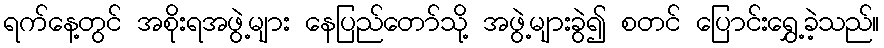
ရက်နေ့တွင် အစိုးရအဖွဲ့များ နေပြည်တော်သို့ အဖွဲ့များခွဲ၍ စတင် ပြောင်းရွှေ့ခဲ့သည်။